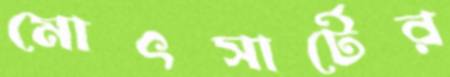
মোৎসার্টের